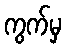
ကွက်မှ